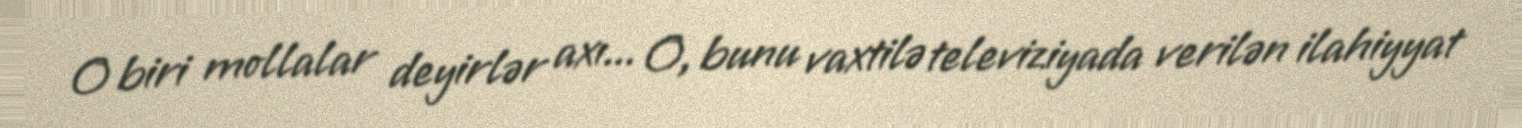
O biri mollalar deyirlər axı... O, bunu vaxtilə televiziyada verilən ilahiyyat